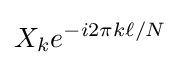
X_{k}e^{-i2\pi k\ell /N}